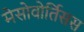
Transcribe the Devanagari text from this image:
मेसोवोर्तिसस